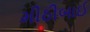
મીઠીબાઈ